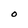
Character: O